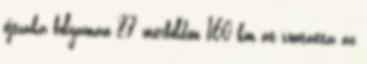
éjszaka folyamán 87 mérföldön 160 km át vontatta az